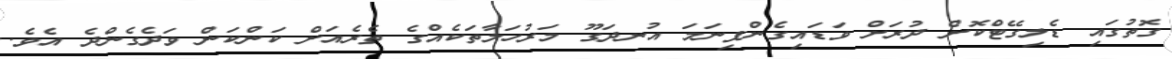
ގޮތުގައި ޑެލިގޭޓްކޮށް ދުރަށް ވަޑައިގެންފިނަމަ އުނދަގޫ މަރުހަލާތަކެއްގެ ތެރެއަށް ކަންކަން ވަދެގެންދެ އެވެ.